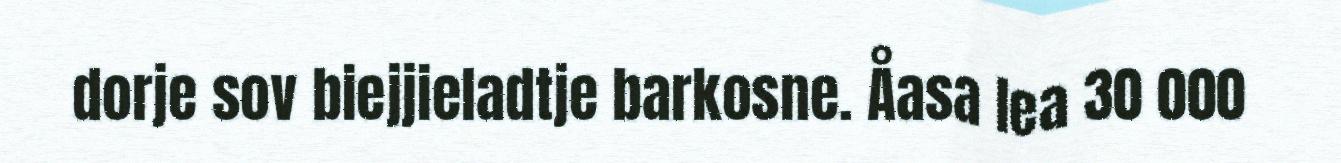
dorje sov biejjieladtje barkosne. Åasa lea 30 000